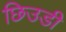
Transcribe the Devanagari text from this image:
छिउडी